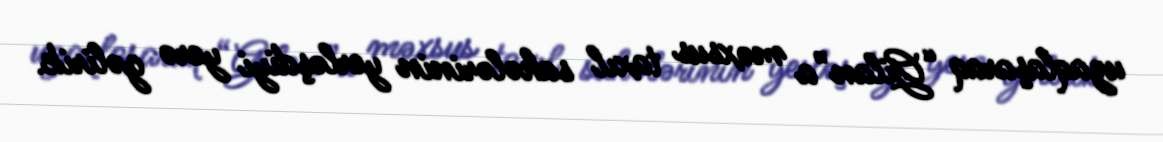
uzaqlaşaraq “Gilan”a məxsus taxıl sahələrinin yerləşdiyi yerə gəlirik.